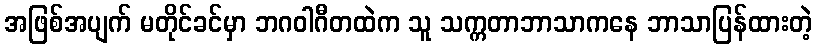
အဖြစ်အပျက် မတိုင်ခင်မှာ ဘဂဝါဂီတထဲက သူ သက္ကတာဘာသာကနေ ဘာသာပြန်ထားတဲ့